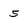
Character: 5